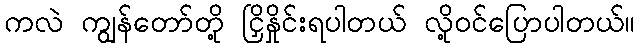
ကလဲ ကျွန်တော်တို့ ငြှိနှိုင်းရပါတယ် လို့ဝင်ပြောပါတယ်။